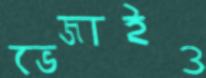
ভেজাইও